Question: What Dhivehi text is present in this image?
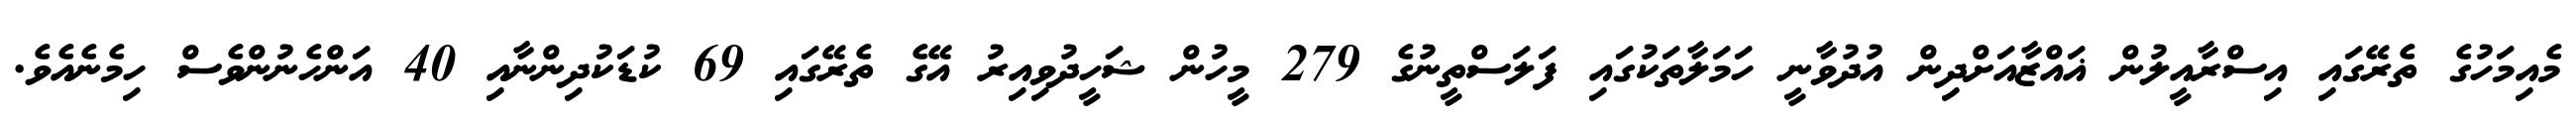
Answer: މެއިމަހުގެ ތެރޭގައި އިސްރާއީލުން ޣައްޒާއަށްދިން އުދުވާނީ ހަމަލާތަކުގައި ފަލަސްތީނުގެ 279 މީހުން ޝަހީދުވިއިރު އޭގެ ތެރޭގައި 69 ކުޑަކުދިންނާއި 40 އަންހެނުންވެސް ހިމެނެއެވެ.